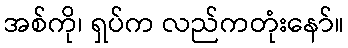
အစ်ကို၊ ရှပ်က လည်ကတုံးနော်။